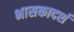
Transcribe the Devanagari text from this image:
भासकादर्श